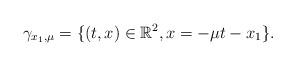
LaTeX: \begin{align*}\gamma_{x_1,\mu}=\lbrace(t,x)\in \mathbb{R}^2, x=-\mu t-x_1\rbrace.\end{align*}